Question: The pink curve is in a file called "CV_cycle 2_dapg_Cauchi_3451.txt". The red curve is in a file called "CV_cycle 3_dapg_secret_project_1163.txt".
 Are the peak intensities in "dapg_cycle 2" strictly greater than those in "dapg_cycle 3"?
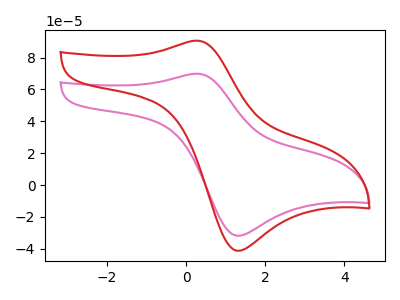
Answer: <think>The pink curve "dapg_cycle 2" has an anodic peak at (0.25V, 69.90uA) and a cathodic peak at (1.25V, -31.75uA). The red curve "dapg_cycle 3" has an anodic peak at (0.25V, 90.60uA) and a cathodic peak at (1.25V, -41.20uA).</think>
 <answer>Every peak in "dapg_cycle 2" is lower than every peak in "dapg_cycle 3".</answer>
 <eval>lower</eval>